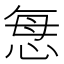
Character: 𢙽